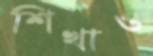
শিখাও